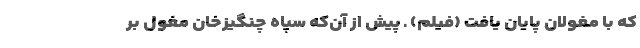
که با مغولان پایان یافت (فیلم) ـ پیش از آن‌که سپاه چنگیزخان مغول بر